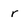
Character: r